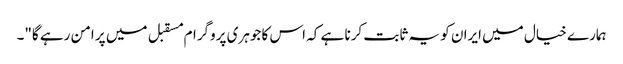
ہمارے خیال میں ایران کو یہ ثابت کرنا ہے کہ اس کا جوہری پروگرام مسقبل میں پر امن رہے گا"۔